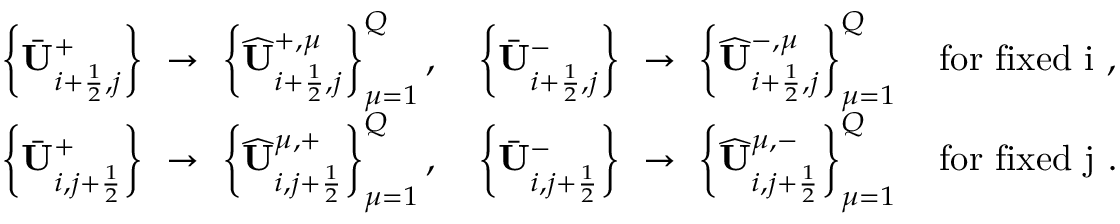
\begin{array} { r l } & { \left\{ \bar { \mathbf { U } } _ { i + \frac 1 2 , j } ^ { + } \right\} ~ \to ~ \left\{ \widehat { \mathbf { U } } _ { i + \frac 1 2 , j } ^ { + , \mu } \right\} _ { \mu = 1 } ^ { Q } , \quad \left\{ \bar { \mathbf { U } } _ { i + \frac 1 2 , j } ^ { - } \right\} ~ \to ~ \left\{ \widehat { \mathbf { U } } _ { i + \frac 1 2 , j } ^ { - , \mu } \right\} _ { \mu = 1 } ^ { Q } \quad \mathrm { f o r ~ f i x e d ~ i ~ } , } \\ & { \left\{ \bar { \mathbf { U } } _ { i , j + \frac 1 2 } ^ { + } \right\} ~ \to ~ \left\{ \widehat { \mathbf { U } } _ { i , j + \frac 1 2 } ^ { \mu , + } \right\} _ { \mu = 1 } ^ { Q } , \quad \left\{ \bar { \mathbf { U } } _ { i , j + \frac 1 2 } ^ { - } \right\} ~ \to ~ \left\{ \widehat { \mathbf { U } } _ { i , j + \frac 1 2 } ^ { \mu , - } \right\} _ { \mu = 1 } ^ { Q } \quad \mathrm { f o r ~ f i x e d ~ j ~ } . } \end{array}